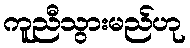
ကူညီသွားမည်ဟု